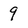
Character: 9